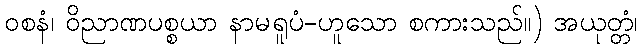
ဝစနံ၊ ဝိညာဏပစ္စယာ နာမရူပံ-ဟူသော စကားသည်။) အယုတ္တံ၊